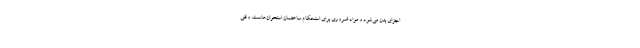
اجزای بدن می‌شود و مواد ضروری برای استحکام ساختمان استخوان‌هاست. وقتی